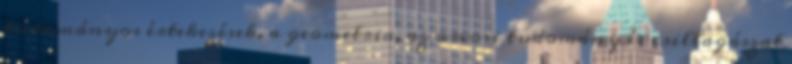
tudományos értekezések, a geometria, az orvosi tudomány és csillagászat